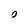
Character: O